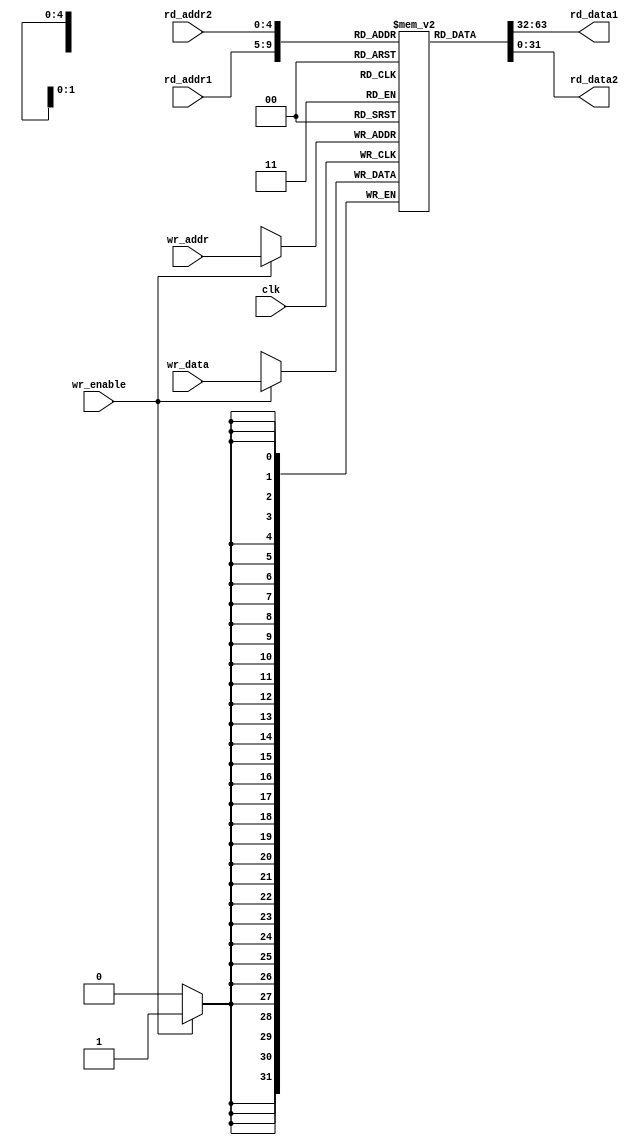
module reg_file #(parameter  data_width = 32, parameter addr_width = 5)(input wr_enable, input [(addr_width - 1):0] wr_addr, rd_addr1, rd_addr2, input [(data_width - 1):0] wr_data, output [(data_width - 1):0] rd_data1, rd_data2, input clk);

    	// Instantiating a reg file 
	reg [(data_width - 1):0] reg_file [(data_width - 1):0];
    	integer i;
		assign rd_data1 = reg_file[rd_addr1];
		assign rd_data2 = reg_file[rd_addr2];

    	initial 
    	begin
        	for (i = 0; i < 32; i = i + 1) 
        	begin
        	    reg_file[i] = i * 2;
        	end
	end 

	always @(posedge clk) 
    	begin 
        	if (wr_enable) 
        	begin
        	    reg_file[wr_addr] = wr_data; 
        	end 
    	end
endmodule